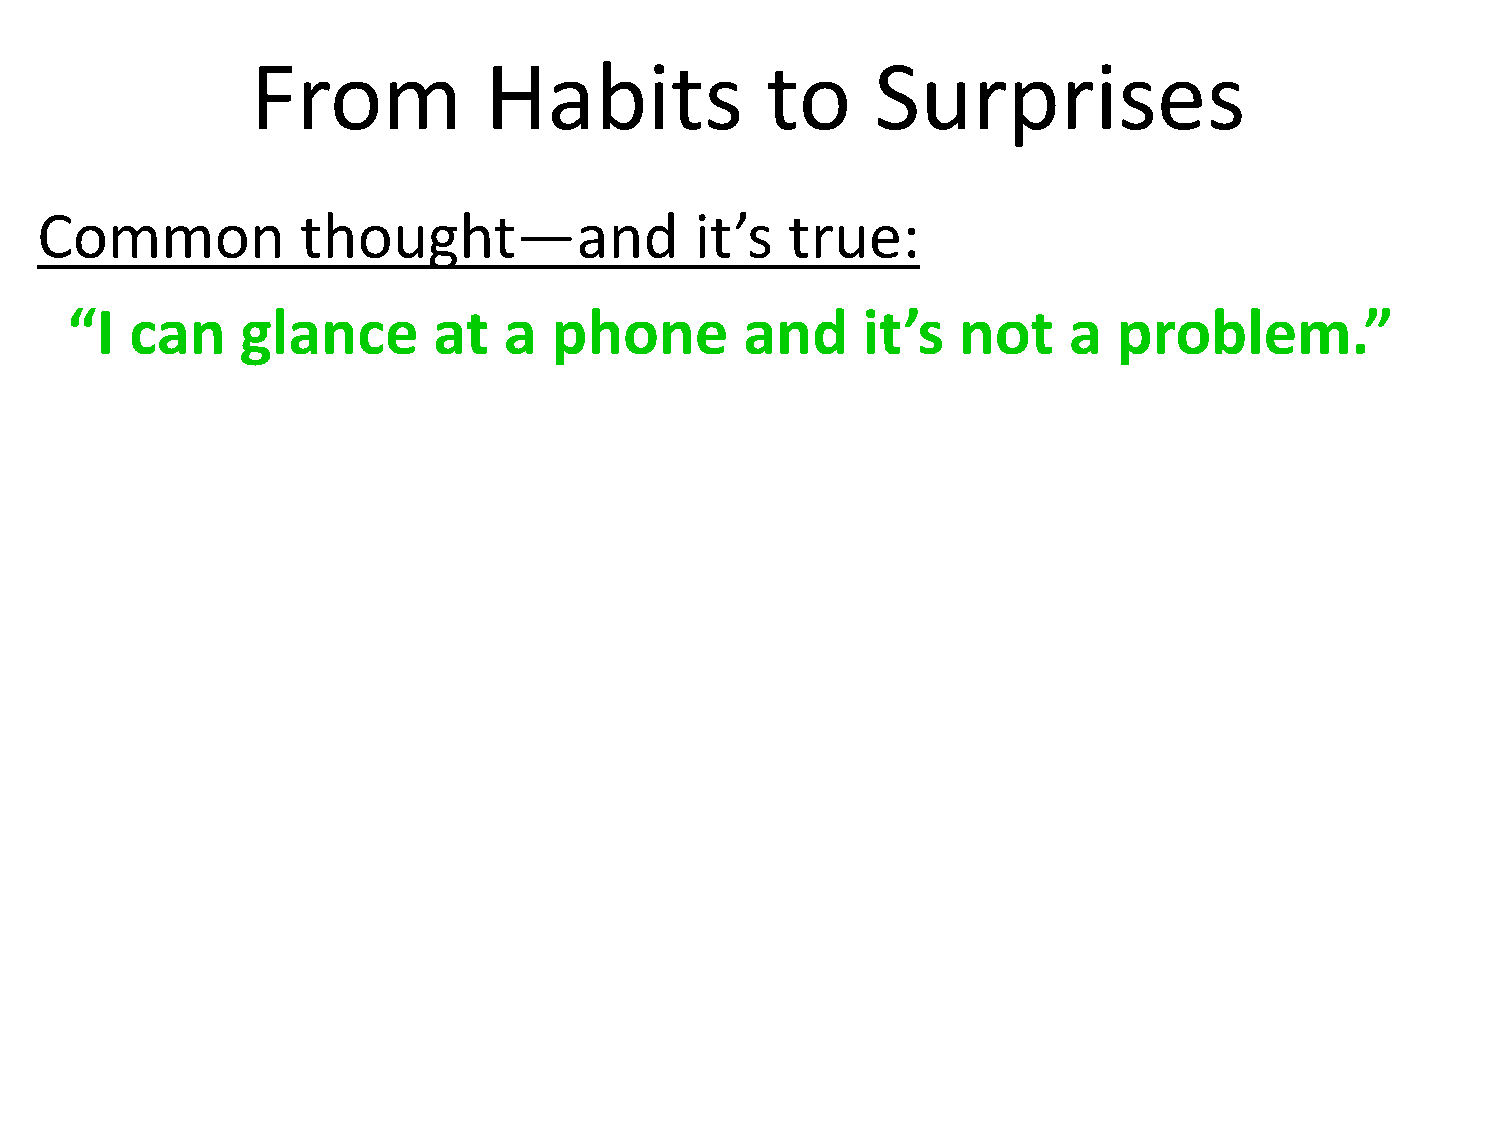
From           Habits             to     Surprises
 Common            thought—and               it’s  true:
 “I   can    glance       at  a   phone       and     it’s  not     a  problem.”